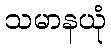
သမာနယုံ